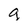
Character: g